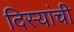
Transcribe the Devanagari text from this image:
दिस्यांची